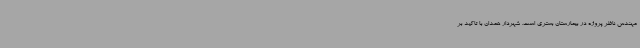
مهندس ناظر پروژه در بیمارستان بستری است. شهردار همدان با تاکید بر